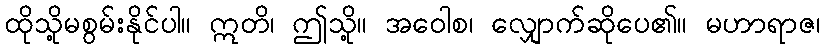
ထိုသို့မစွမ်းနိုင်ပါ။ ဣတိ၊ ဤသို့။ အဝေါစ၊ လျှောက်ဆိုပေ၏။ မဟာရာဇ၊